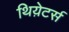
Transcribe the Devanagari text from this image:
थिय़ेटर्स